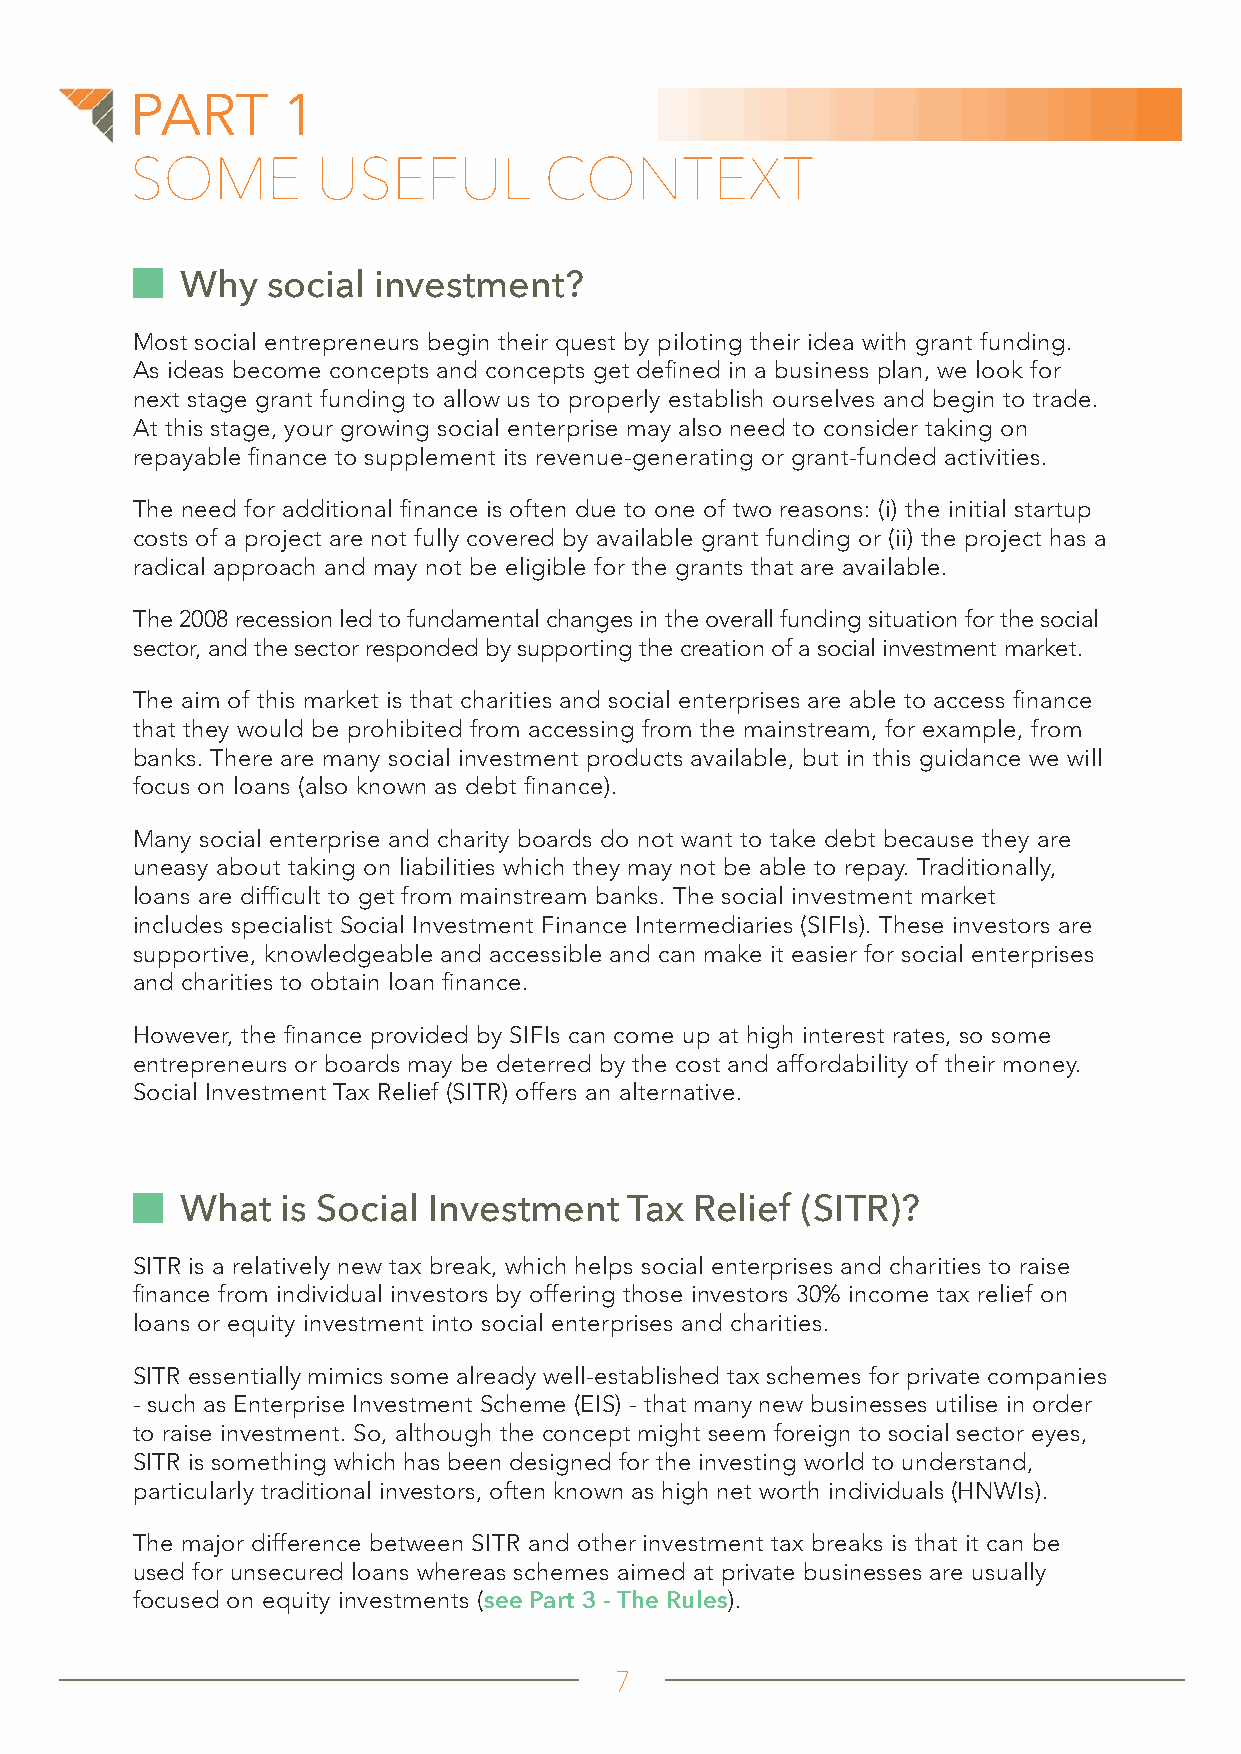
PART      1
 SOME        USEFUL         CONTEXT
 Why   social investment?
 Most social entrepreneurs begin their quest by piloting their idea with grant funding.
 As ideas become concepts and concepts get defined in a business plan, we look for
 next stage grant funding to allow us to properly establish ourselves and begin to trade.
 At this stage, your growing social enterprise may also need to consider taking on
 repayable finance to supplement its revenue-generating or grant-funded activities.
 The need for additional finance is often due to one of two reasons: (i) the initial startup
 costs of a project are not fully covered by available grant funding or (ii) the project has a
 radical approach and may not be eligible for the grants that are available.
 The 2008 recession led to fundamental changes in the overall funding situation for the social
 sector, and the sector responded by supporting the creation of a social investment market.
 The aim of this market is that charities and social enterprises are able to access finance
 that they would be prohibited from accessing from the mainstream, for example, from
 banks. There are many social investment products available, but in this guidance we will
 focus on loans (also known as debt finance).
 Many social enterprise and charity boards do not want to take debt because they are
 uneasy about taking on liabilities which they may not be able to repay. Traditionally,
 loans are difficult to get from mainstream banks. The social investment market
 includes specialist Social Investment Finance Intermediaries (SIFIs). These investors are
 supportive, knowledgeable and accessible and can make it easier for social enterprises
 and charities to obtain loan finance.
 However, the finance provided by SIFIs can come up at high interest rates, so some
 entrepreneurs or boards may be deterred by the cost and affordability of their money.
 Social Investment Tax Relief (SITR) offers an alternative.
 What   is Social Investment   Tax Relief (SITR)?
 SITR is a relatively new tax break, which helps social enterprises and charities to raise
 finance from individual investors by offering those investors 30% income tax relief on
 loans or equity investment into social enterprises and charities.
 SITR essentially mimics some already well-established tax schemes for private companies
 - such as Enterprise Investment Scheme (EIS) - that many new businesses utilise in order
 to raise investment. So, although the concept might seem foreign to social sector eyes,
 SITR is something which has been designed for the investing world to understand,
 particularly traditional investors, often known as high net worth individuals (HNWIs).
 The major difference between SITR and other investment tax breaks is that it can be
 used for unsecured loans whereas schemes aimed at private businesses are usually
 focused on equity investments (see Part 3 - The Rules).
 7